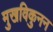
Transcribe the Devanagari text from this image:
मुखविकुनन